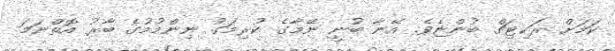
ކަމަށް ރަކިޓިޗް ބުންޏެވެ. އޭނާ ބުނީ ނޭމާގެ ކުރިމަގު ނިންމުމުގެ ބާރު އޮތްނަމަ